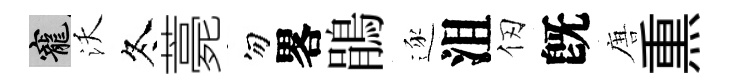
寵沃冬薧勿畧鵑逐沮仞旣唐𤋱